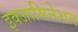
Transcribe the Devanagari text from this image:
इक्जामिनेशन